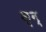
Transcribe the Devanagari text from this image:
क़्न्